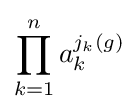
\prod _{k=1}^{n}a_{k}^{j_{k}(g)}